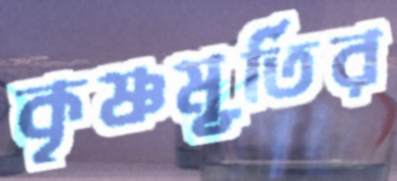
কৃষ্ণমূর্তির